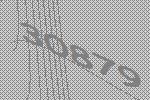
30879